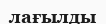
лағылды